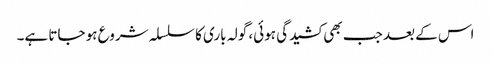
اس کے بعد جب بھی کشیدگی ہوئی، گولہ باری کا سلسلہ شروع ہو جاتا ہے۔